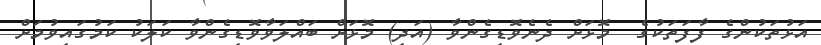
އަޅުތަކުންގެ ފާފަތަކުގެ  މޮޅަށް ދެނެވޮޑިގެންވާ (އަދި) މޮޅަށް ބައްލަވާވޮޑިގެންވާ ކަލަކު ކަމުގައިވުމަށް